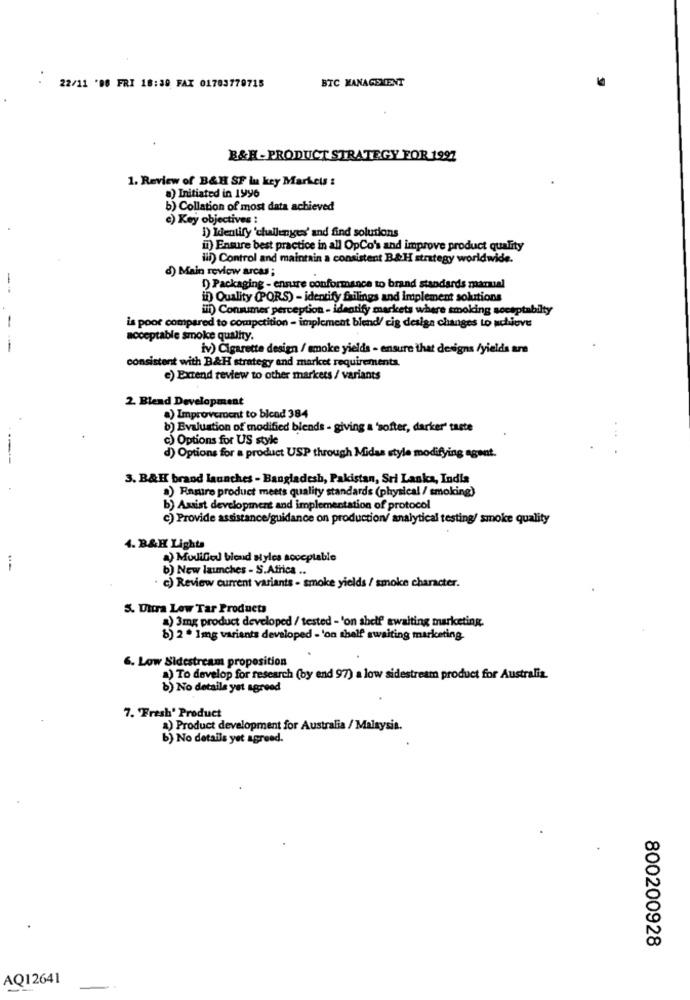
BTC MANAGEMENT
22/11 '08 FRI 18:39 FAX 01703779715
B&H-PRODUCT STRATEGY FOR 1997
1. Review of B&H SF lu key Markets :
a) Initiated in 1996
b) Collation of most data achieved
c) Key objectives :
1) Identify 'challenges' and find solutions
i) Ensure best practice in all OpCo's and improve product quality
iii) Control and maintain a consistent B&H strategy worldwide.
d) Main review arcas ;
-
1) Packaging - ensure conformance to brand standards manual
in Quality (PORS) - identify failings and implement solutions
ill) Consumer perception - identify markets where smoking soceptabilty
is poor compared to competition - implement blend/ cig design changes to achieve
acceptable smoke quality.
iv) Cigarette design / smoke yields - ensure that designs /yields are
consistent with BAH strategy and market requirements.
e) Extend review to other markets / variants
2. Blend Development
a) Improvement to blend 384
b) Evaluation of modified blends - giving a 'softer, darker' taste
c) Options for US style
d) Options for a product USP through Midas style modifying agent.
3. B&H brand launches - Bangladesh, Pakistan, Sri Lanka, India
) Ramiro product meets quality standards (physical / smoking)
b) Assist development and implementation of protocol
c) Provide assistance/guidance on production/ analytical testing/ smoke quality
4. B&H Lights
a) Modified blend styles soceptable
b) New launches - S.Africa ..
. c) Review current variants - smoke yields / smoke character.
S. Uutra Low Tar Products
a) 3mg product developed / tested - 'on shelf awaiting marketing.
8) 2 . 1mg variants developed - 'on shelf awaiting marketing.
6. Low Sidestream proposition
a) To develop for research (by end 97) a low sidestream product for Australia.
b) No details yet agreed
7. "Fresh' Product
a) Product development for Australia / Malaysia.
b) No details yet agreed.
800200928
AQ12641